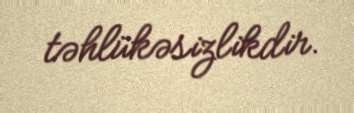
təhlükəsizlikdir.